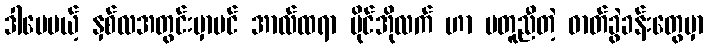
ဒါပေမယ့် နှစ်လအတွင်းမှာပင် အာလ်ထရာ ဗိုင်အိုလက် ဟာ မတူညီတဲ့ ဓာတ်ခွဲခန်းတွေမှာ